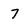
Character: 7